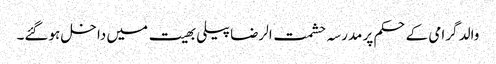
والد گرامی کےحکم پر مدرسہ حشمت الرضا پیلی بھیت میں داخل ہوگئے۔